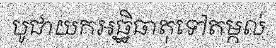
បូជាយកអធ្ឋិធាតុទៅតម្កល់